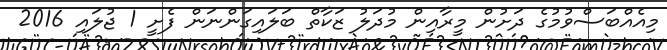
މިއެއްބަސްވުމުގެ ދަށުން މީރާއިން މުދަލު ޒަކާތް ބަލައިގަންނަން ފެށީ 1 ޖުލައި 2016